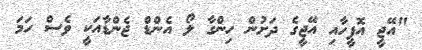
"އޭޖީ އޮފީހާއި އޭޖީގެ ދަށުން ހިންގާ ލޯ އެންޑް ޖެންޑާއަކީ ވެސް ހަމަ